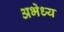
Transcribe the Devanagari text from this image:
अभेध्य